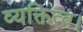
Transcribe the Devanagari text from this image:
व्यक्तित्व।